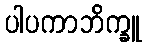
ပါပကာဘိက္ခူ